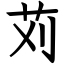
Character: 苅